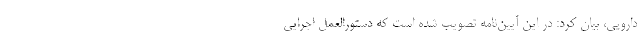
دارویی، بیان کرد: در این آیین‌نامه تصویب شده است که دستورالعمل اجرایی